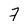
Character: 7